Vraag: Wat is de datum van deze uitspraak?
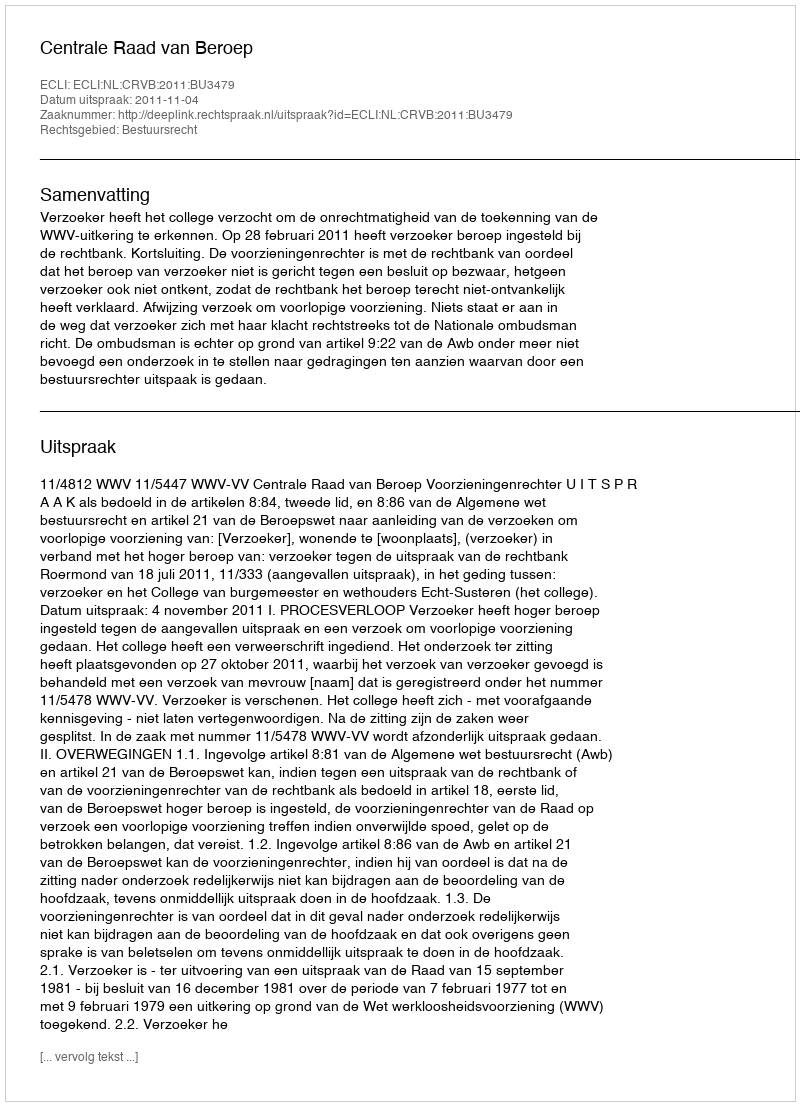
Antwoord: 2011-11-04